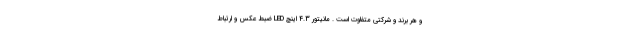
و هر برند و شرکتی متفاوت است . مانیتور 4.3 اینچ LED ضبط عکس و ارتباط